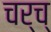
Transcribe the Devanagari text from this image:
चर्च्